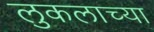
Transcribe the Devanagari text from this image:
लुकलाच्या